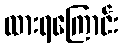
ထားရကြောင်း